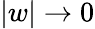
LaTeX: |w|\to 0